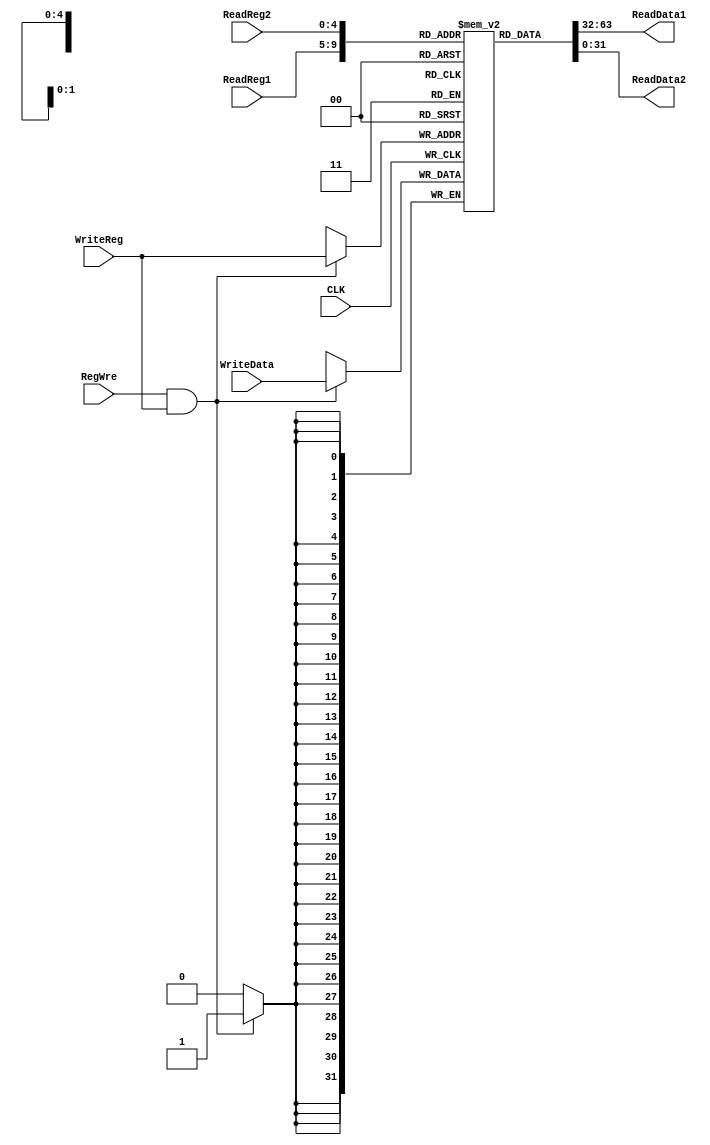
`timescale 1ns / 1ps
//////////////////////////////////////////////////////////////////////////////////
// Company: 
// Engineer: 
// 
// Design Name: 
// Module Name: Register
// Project Name: 
// Target Devices: 
// Tool Versions: 
// Description: 
// 
// Dependencies: 
// 
// Revision:
// Revision 0.01 - File Created
// Additional Comments:
// 
//////////////////////////////////////////////////////////////////////////////////


module Register(
    input CLK,
    input [4:0] ReadReg1,
    input [4:0] ReadReg2,
    input [4:0] WriteReg,
    input RegWre,
    input [31:0] WriteData,
    output [31:0] ReadData1,
    output [31:0] ReadData2
    );
    
    reg [31:0] register[0:31];
    initial begin
        register[0] = 0;
    end
    
    // RS : address of rs
    // RT : address of rt
    // RS -> ReadData1  RT -> ReadData2 
    assign ReadData1 = register[ReadReg1];
    assign ReadData2 = register[ReadReg2];
    
    // RegWre : 1 - 
    always @(posedge CLK) 
    begin
        if (RegWre && WriteReg) 
        begin
            register[WriteReg] = WriteData;
        end
    end
        
endmodule